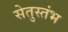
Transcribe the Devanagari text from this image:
सेतुस्तंभ